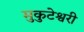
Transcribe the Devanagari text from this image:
मुकुटेश्वरी